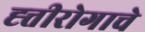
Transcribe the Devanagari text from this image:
ह्त्तीरोगाचे